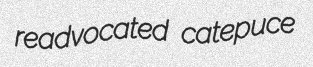
readvocated catepuce